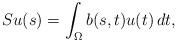
LaTeX: \begin{align*} Su(s)=\int_\Omega b(s,t)u(t)\,dt,\end{align*}